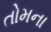
તોમના